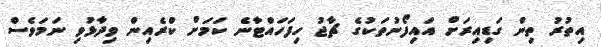
އިތުރު ތިން ގަޑިއިރަށް އައިފޯނުތަކުގެ ޗާޖު ހިފަހައްޓާނެ ކަމަށް ކްރެއިން ވިދާޅުވި ނަމަވެސް